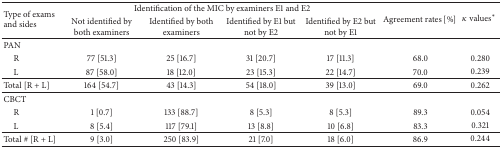
| <ROWSPAN=2> Type of exams and sides | <COLSPAN=4> Identification of the MIC by examiners E1 and E2 | <ROWSPAN=2> Agreement rates [%] | <ROWSPAN=2> κ values∗ |
 | Not identified by both examiners | Identified by both examiners | Identified by E1 but not by E2 | Identified by E2 but not by E1 |
 | --- | --- | --- | --- | --- | --- | --- |
 | PAN |  |  |  |  |  |  |
 | R | 77 [51.3] | 25 [16.7] | 31 [20.7] | 17 [11.3] | 68.0 | 0.280 |
 | L | 87 [58.0] | 18 [12.0] | 23 [15.3] | 22 [14.7] | 70.0 | 0.239 |
 | Total [R + L] | 164 [54.7] | 43 [14.3] | 54 [18.0] | 39 [13.0] | 69.0 | 0.262 |
 | CBCT |  |  |  |  |  |  |
 | R | 1 [0.7] | 133 [88.7] | 8 [5.3] | 8 [5.3] | 89.3 | 0.054 |
 | L | 8 [5.4] | 117 [79.1] | 13 [8.8] | 10 [6.8] | 83.3 | 0.321 |
 | Total # [R + L] | 9 [3.0] | 250 [83.9] | 21 [7.0] | 18 [6.0] | 86.9 | 0.244 |